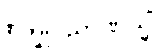
စက္ခုဝိညာဏသ္မိံ